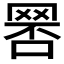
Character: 𦋑